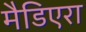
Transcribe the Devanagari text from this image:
मैडिएरा